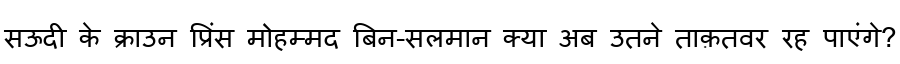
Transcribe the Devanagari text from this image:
सऊदी के क्राउन प्रिंस मोहम्मद बिन-सलमान क्या अब उतने ताक़तवर रह पाएंगे?